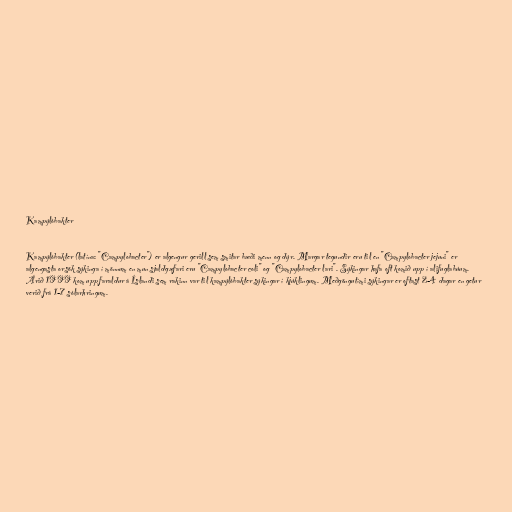
Kampýlóbakter

Kampýlóbakter (latína: "Campylobacter") er algengur gerill sem smitar bæði menn og dýr. Margar tegundir eru til en "Campylobacter jejuni" er
algengasta orsök sýkinga í mönnum en mun sjaldgæfari eru "Campylobacter coli" og "Campylobacter lari". Sýkingar hafa oft komið upp í alifuglabúum.
Árið 1999 kom upp faraldur á Íslandi sem rakinn var til kampýlóbakter sýkingar í kjúklingum. Meðgöngutími sýkingar er oftast 2-4 dagar en getur
verið frá 1-7 sólarhringum.